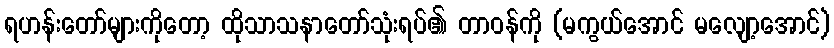
ရဟန်းတော်များကိုတော့ ထိုသာသနာတော်သုံးရပ်၏ တာဝန်ကို (မကွယ်အောင် မလျော့အောင်)